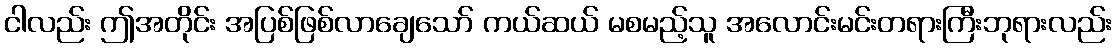
ငါလည်း ဤအတိုင်း အပြစ်ဖြစ်လာချေသော် ကယ်ဆယ် မစမည့်သူ အလောင်းမင်းတရားကြီးဘုရားလည်း